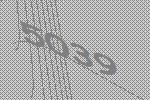
5039